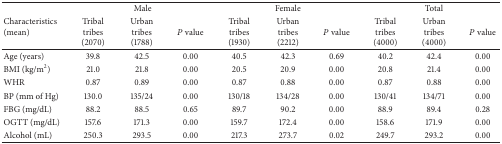
<table><thead><tr><td rowspan="2"><b>Characteristics (mean)</b></td><td colspan="3"><b>Male</b></td><td colspan="3"><b>Female</b></td><td colspan="3"><b>Total</b></td></tr><tr><td><b>Tribal tribes (2070)</b></td><td><b>Urban tribes (1788)</b></td><td><b><i>P</i> value</b></td><td><b>Tribal tribes (1930)</b></td><td><b>Urban tribes (2212)</b></td><td><b><i>P</i> value</b></td><td><b>Tribal tribes (4000)</b></td><td><b>Urban tribes (4000)</b></td><td><b><i>P</i> value</b></td></tr></thead><tbody><tr><td>Age (years)</td><td>39.8</td><td>42.5</td><td>0.00</td><td>40.5</td><td>42.3</td><td>0.69</td><td>40.2</td><td>42.4</td><td>0.00</td></tr><tr><td>BMI (kg/m<sup>2</sup>)</td><td>21.0</td><td>21.8</td><td>0.00</td><td>20.5</td><td>20.9</td><td>0.00</td><td>20.8</td><td>21.4</td><td>0.00</td></tr><tr><td>WHR</td><td>0.87</td><td>0.89</td><td>0.00</td><td>0.87</td><td>0.88</td><td>0.00</td><td>0.87</td><td>0.88</td><td>0.00</td></tr><tr><td>BP (mm of Hg)</td><td>130.0</td><td>135/24</td><td>0.00</td><td>130/18</td><td>134/28</td><td>0.00</td><td>130/41</td><td>134/71</td><td>0.00</td></tr><tr><td>FBG (mg/dL)</td><td>88.2</td><td>88.5</td><td>0.65</td><td>89.7</td><td>90.2</td><td>0.00</td><td>88.9</td><td>89.4</td><td>0.28</td></tr><tr><td>OGTT (mg/dL)</td><td>157.6</td><td>171.3</td><td>0.00</td><td>159.7</td><td>172.4</td><td>0.00</td><td>158.6</td><td>171.9</td><td>0.00</td></tr><tr><td>Alcohol (mL)</td><td>250.3</td><td>293.5</td><td>0.00</td><td>217.3</td><td>273.7</td><td>0.02</td><td>249.7</td><td>293.2</td><td>0.00</td></tr></tbody></table>